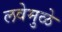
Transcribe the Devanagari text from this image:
लवेमुळे